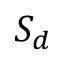
S _ { d }